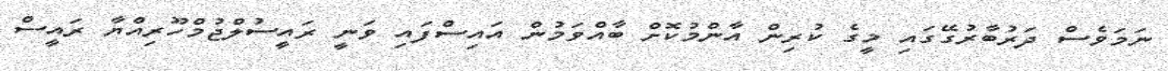
ނަމަވެސް ދަރުބާރުގޭގައި މީގެ ކުރިން އާންމުކޮށް ބާއްވަމުން އައިސްފައި ވަނީ ރައީސުލްޖުމްހޫރިއްޔާ ރައީސް